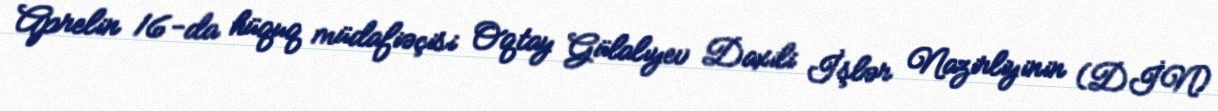
Aprelin 16-da hüquq müdafiəçisi Oqtay Gülalıyev Daxili İşlər Nazirliyinin (DİN)